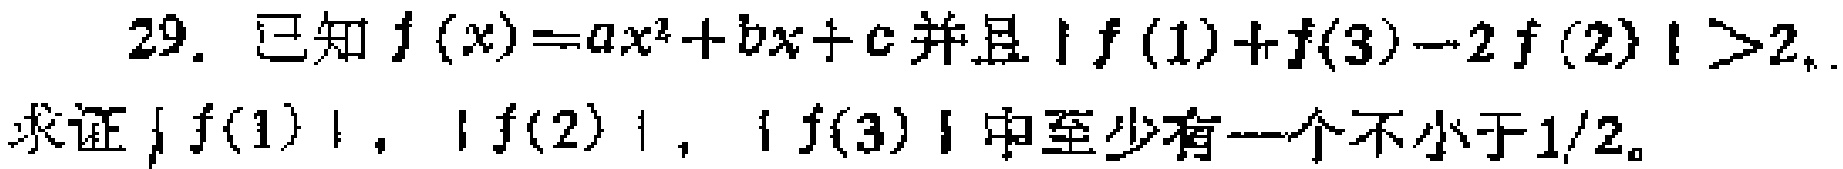
29. 已知$f(x)=ax^{2}+bx + c$并且$|f(1)+f(3)-2f(2)|>2$，求证$|f(1)|$，$|f(2)|$，$|f(3)|$中至少有一个不小于$1/2$。